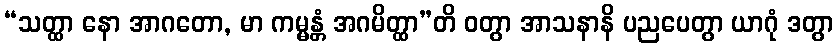
“သတ္ထာ နော အာဂတော, မာ ကမ္မန္တံ အဂမိတ္ထာ”တိ ဝတွာ အာသနာနိ ပညပေတွာ ယာဂုံ ဒတွာ